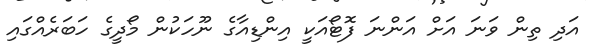
އަދި ތިން ވަނަ އަށް އަންނަ ފޮޓޯއަކީ އިންޑިއާގެ ނޫހަކުން މޯދީގެ ހަބަރެއްގައި